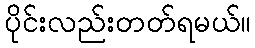
ပိုင်းလည်းတတ်ရမယ်။